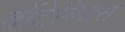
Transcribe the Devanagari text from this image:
वोंटेवियस